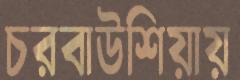
চরবাউশিয়ায়